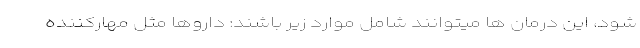
شود، این درمان ها میتوانند شامل موارد زیر باشند: داروها مثل مهارکننده